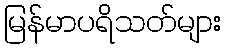
မြန်မာပရိသတ်များ